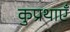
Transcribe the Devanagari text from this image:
कुप्रथाएँ